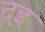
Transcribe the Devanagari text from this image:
दइ